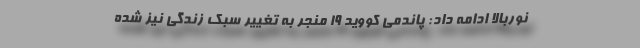
نوربالا ادامه داد: پاندمی کووید ۱۹ منجر به تغییر سبک زندگی نیز شده